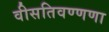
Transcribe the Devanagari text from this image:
वीसतिवण्णणा